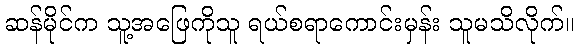
ဆန်မိုင်က သူ့အဖြေကိုသူ ရယ်စရာကောင်းမှန်း သူမသိလိုက်။